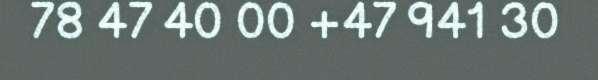
78 47 40 00 +47 941 30